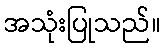
အသုံးပြုသည်။